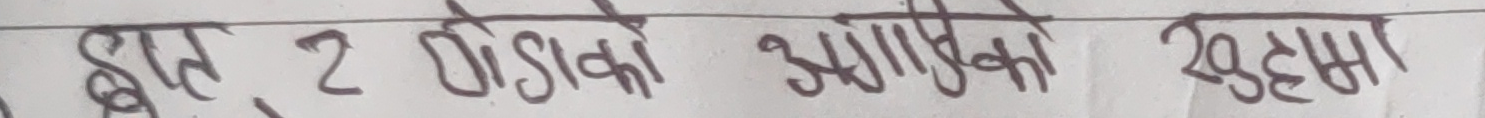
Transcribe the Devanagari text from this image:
हाल 2 पौडिको अगाडिको खुट्टामा